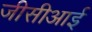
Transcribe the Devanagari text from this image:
जीसीआई